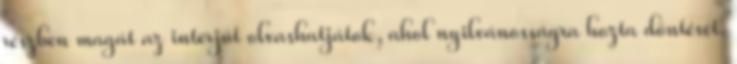
részben magát az interjút olvashatjátok, ahol nyilvánosságra hozta döntését.